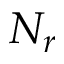
N _ { r }